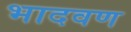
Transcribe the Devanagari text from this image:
भादवण